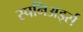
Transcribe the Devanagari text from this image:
स्पनिअर्ड्स